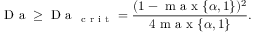
\mathrm { ~ D ~ a ~ } \geq \mathrm { ~ D ~ a ~ } _ { \mathrm { ~ c ~ r ~ i ~ t ~ } } = \frac { ( 1 - \mathrm { ~ m ~ a ~ x ~ } \{ \alpha , 1 \} ) ^ { 2 } } { 4 \mathrm { ~ m ~ a ~ x ~ } \{ \alpha , 1 \} } .